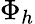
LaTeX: \Phi_{h}